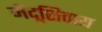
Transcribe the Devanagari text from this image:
मेंदूशिवाय